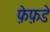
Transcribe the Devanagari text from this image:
फ़ेफ़डे